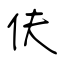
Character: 伕